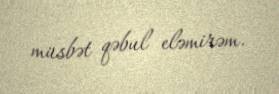
müsbət qəbul eləmirəm.